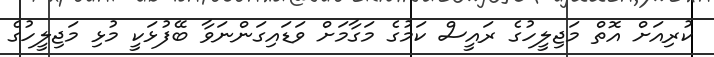
ކުރިއަށް އޮތް މަޖިލީހުގެ ރައީސް ކަމުގެ މަގާމަށް ވަޑައިގަންނަވާ ބޭފުޅަކީ މުޅި މަޖިލީހުގެ